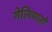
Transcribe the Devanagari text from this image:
गेलियाज़ो